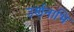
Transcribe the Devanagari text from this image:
उर्णनाभि